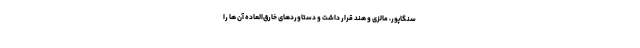
سنگاپور، مالزی و هند قرار داشت و دستاوردهای خارق­‌العاده آن ها را